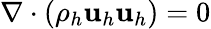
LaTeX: \nabla\cdot(\rho_{h}\mathbf u_{h}\mathbf u_{h})=0